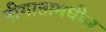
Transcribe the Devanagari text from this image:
नीगातामधील